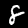
Label: 8